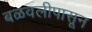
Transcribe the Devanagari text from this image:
बळवलीपासून